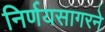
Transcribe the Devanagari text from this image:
निर्णयसागरने